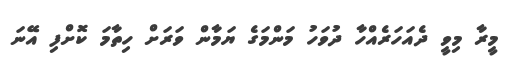
މީރާ މިވީ ދެއަހަރެއްހާ ދުވަހު މަންމަގެ ޔަމާން ވަރަށް ހިތާމަ ކޮށްފި އޭނަ